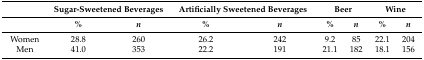
|  | <COLSPAN=2> Sugar-Sweetened Beverages | <COLSPAN=2> Artificially Sweetened Beverages | <COLSPAN=2> Beer | <COLSPAN=2> Wine |
 |  | % | n | % | n | % | n | % | n |
 | --- | --- | --- | --- | --- | --- | --- | --- | --- |
 | Women | 28.8 | 260 | 26.2 | 242 | 9.2 | 85 | 22.1 | 204 |
 | Men | 41.0 | 353 | 22.2 | 191 | 21.1 | 182 | 18.1 | 156 |